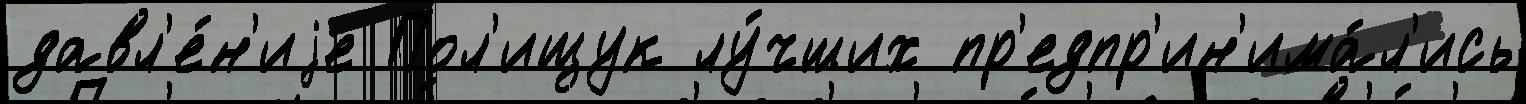
давл'е́н'иjе Пол'ищук лу́чших пр'едпр'ин'има́л'ись